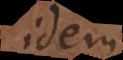
idem